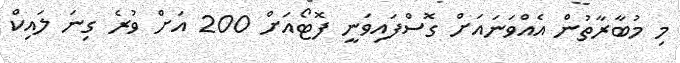
މި މުބާރާތުން އެއްވަނައަށް ގޮސްފައިވަނީ ފޮޓޯއަށް 200 އަށް ވުރެ ގިނަ ލައިކް